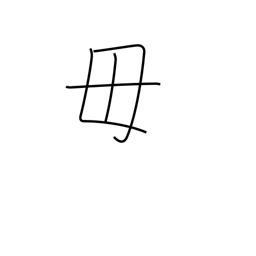
Meaning: be not